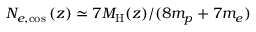
N _ { e , \mathrm { c o s } } \left( z \right) \simeq 7 M _ { \mathrm { H } } ( z ) / ( 8 m _ { p } + 7 m _ { e } )